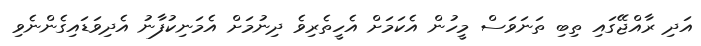
އަދި ރާއްޖޭގައި ތިބި ތަނަވަސް މީހުން އެކަމަށް އެހީތެރިވެ ދިނުމަށް އެމަނިކުފާނު އެދިވަޑައިގެންނެވި